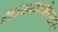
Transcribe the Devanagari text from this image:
राज्यघटनेनसार